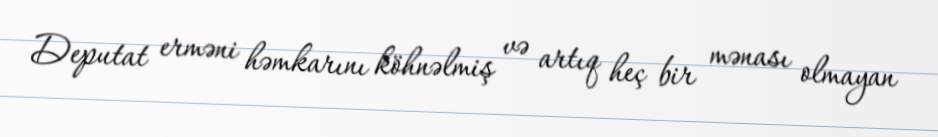
Deputat erməni həmkarını köhnəlmiş və artıq heç bir mənası olmayan